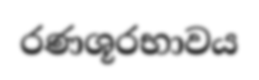
රණශූරභාවය